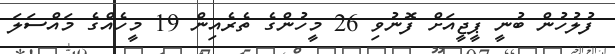
ފުލުހުން ބުނީ ޕީޖީއަށް ފޮނުވި 26 މީހުންގެ ތެރެއިން 19 މީހެއްގެ މައްސަލަ